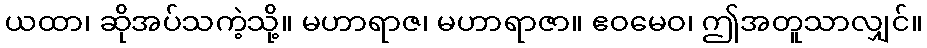
ယထာ၊ ဆိုအပ်သကဲ့သို့။ မဟာရာဇ၊ မဟာရာဇာ။ ဧဝမေဝ၊ ဤအတူသာလျှင်။